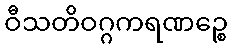
ဝီသတိဝဂ္ဂကရဏဉ္စေ